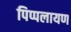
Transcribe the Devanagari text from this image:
पिप्पलायण